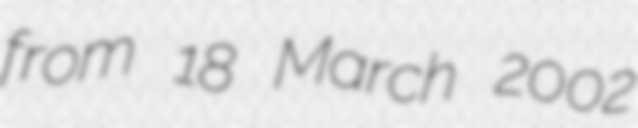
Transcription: from 18 March 2002